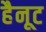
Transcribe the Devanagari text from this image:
हैनूट